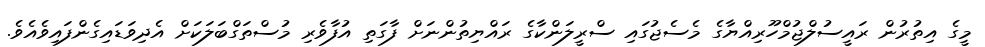
މީގެ އިތުރުން ރައީސުލްޖުމްހޫރިއްޔާގެ މެސެޖުގައި ސްރީލަންކާގެ ރައްޔިތުންނަށް ފާގަތި އުފާވެރި މުސްތަގްބަލަކަށް އެދިވަޑައިގެންފައިވެއެވެ.